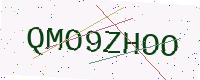
Text: QMO9ZHOO